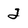
Character: 2